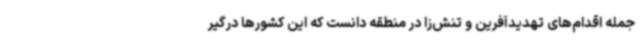
جمله اقدام‌های تهدیدآفرین و تنش‌زا در منطقه دانست که این کشورها درگیر